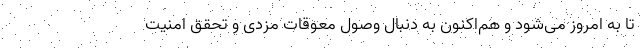
تا به امروز می‌شود و هم‌اکنون به دنبال وصول معوقات مزدی و تحقق امنیت